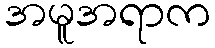
အမူအရာက